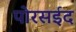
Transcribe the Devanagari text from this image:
पोरसईद